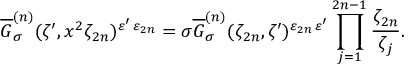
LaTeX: \overline { { { G } } } _ { \sigma } ^ { ( n ) } ( \zeta ^ { \prime } , x ^ { 2 } \zeta _ { 2 n } ) ^ { \varepsilon ^ { \prime } \, \varepsilon _ { 2 n } } = \sigma \overline { { { G } } } _ { \sigma } ^ { ( n ) } ( \zeta _ { 2 n } , \zeta ^ { \prime } ) ^ { \varepsilon _ { 2 n } \, \varepsilon ^ { \prime } } \prod _ { j = 1 } ^ { 2 n - 1 } \frac { \zeta _ { 2 n } } { \zeta _ { j } } .